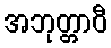
အဘုတ္တာဝီ